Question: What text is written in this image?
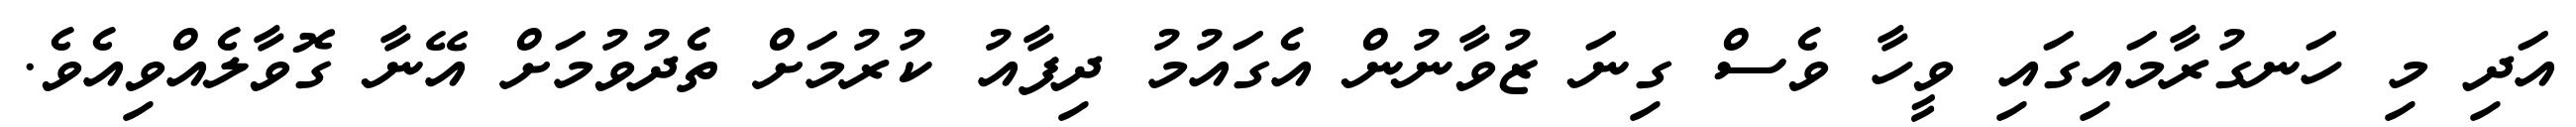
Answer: އަދި މި ހަނގުރާމައިގައި ވީހާ ވެސް ގިނަ ޒުވާނުން އެގައުމު ދިފާއު ކުރުމަށް ތެދުވުމަށް އޭނާ ގޮވާލެއްވިއެވެ.